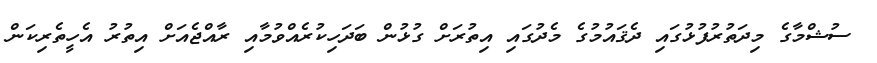
ސުޝްމާގެ މިދަތުރުފުޅުގައި ދެޤައުމުގެ މެދުގައި އިތުރަށް ގުޅުން ބަދަހިކުރެއްވުމާއި ރާއްޖެއަށް އިތުރު އެހީތެރިކަން